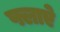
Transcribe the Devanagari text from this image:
फ्लाऐ